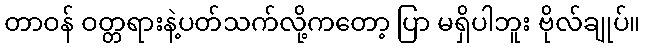
တာဝန် ဝတ္တရားနဲ့ပတ်သက်လို့ကတော့ ပြာ မရှိပါဘူး ဗိုလ်ချုပ်။